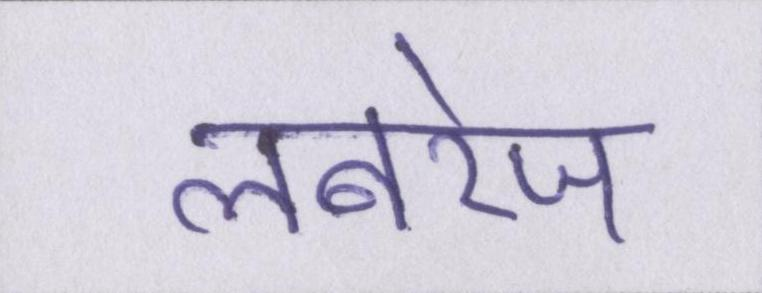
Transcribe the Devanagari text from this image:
लबरेज